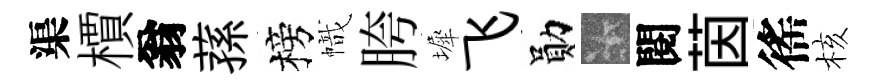
渠檟翁蓀榜幟胯墀飞勛卡閱茵徭核